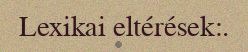
Lexikai eltérések:.